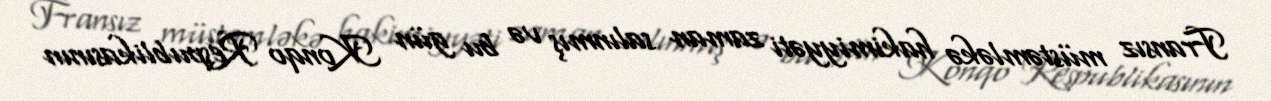
Fransız müstəmləkə hakimiyyəti zaman salınmış və bu gün Konqo Respublikasının